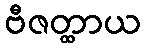
ဗီဇတ္ထာယ